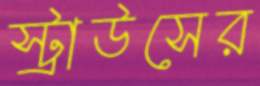
স্ট্রাউসের